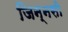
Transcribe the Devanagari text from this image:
जिन्नसी